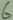
Text: 6